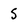
Character: 5